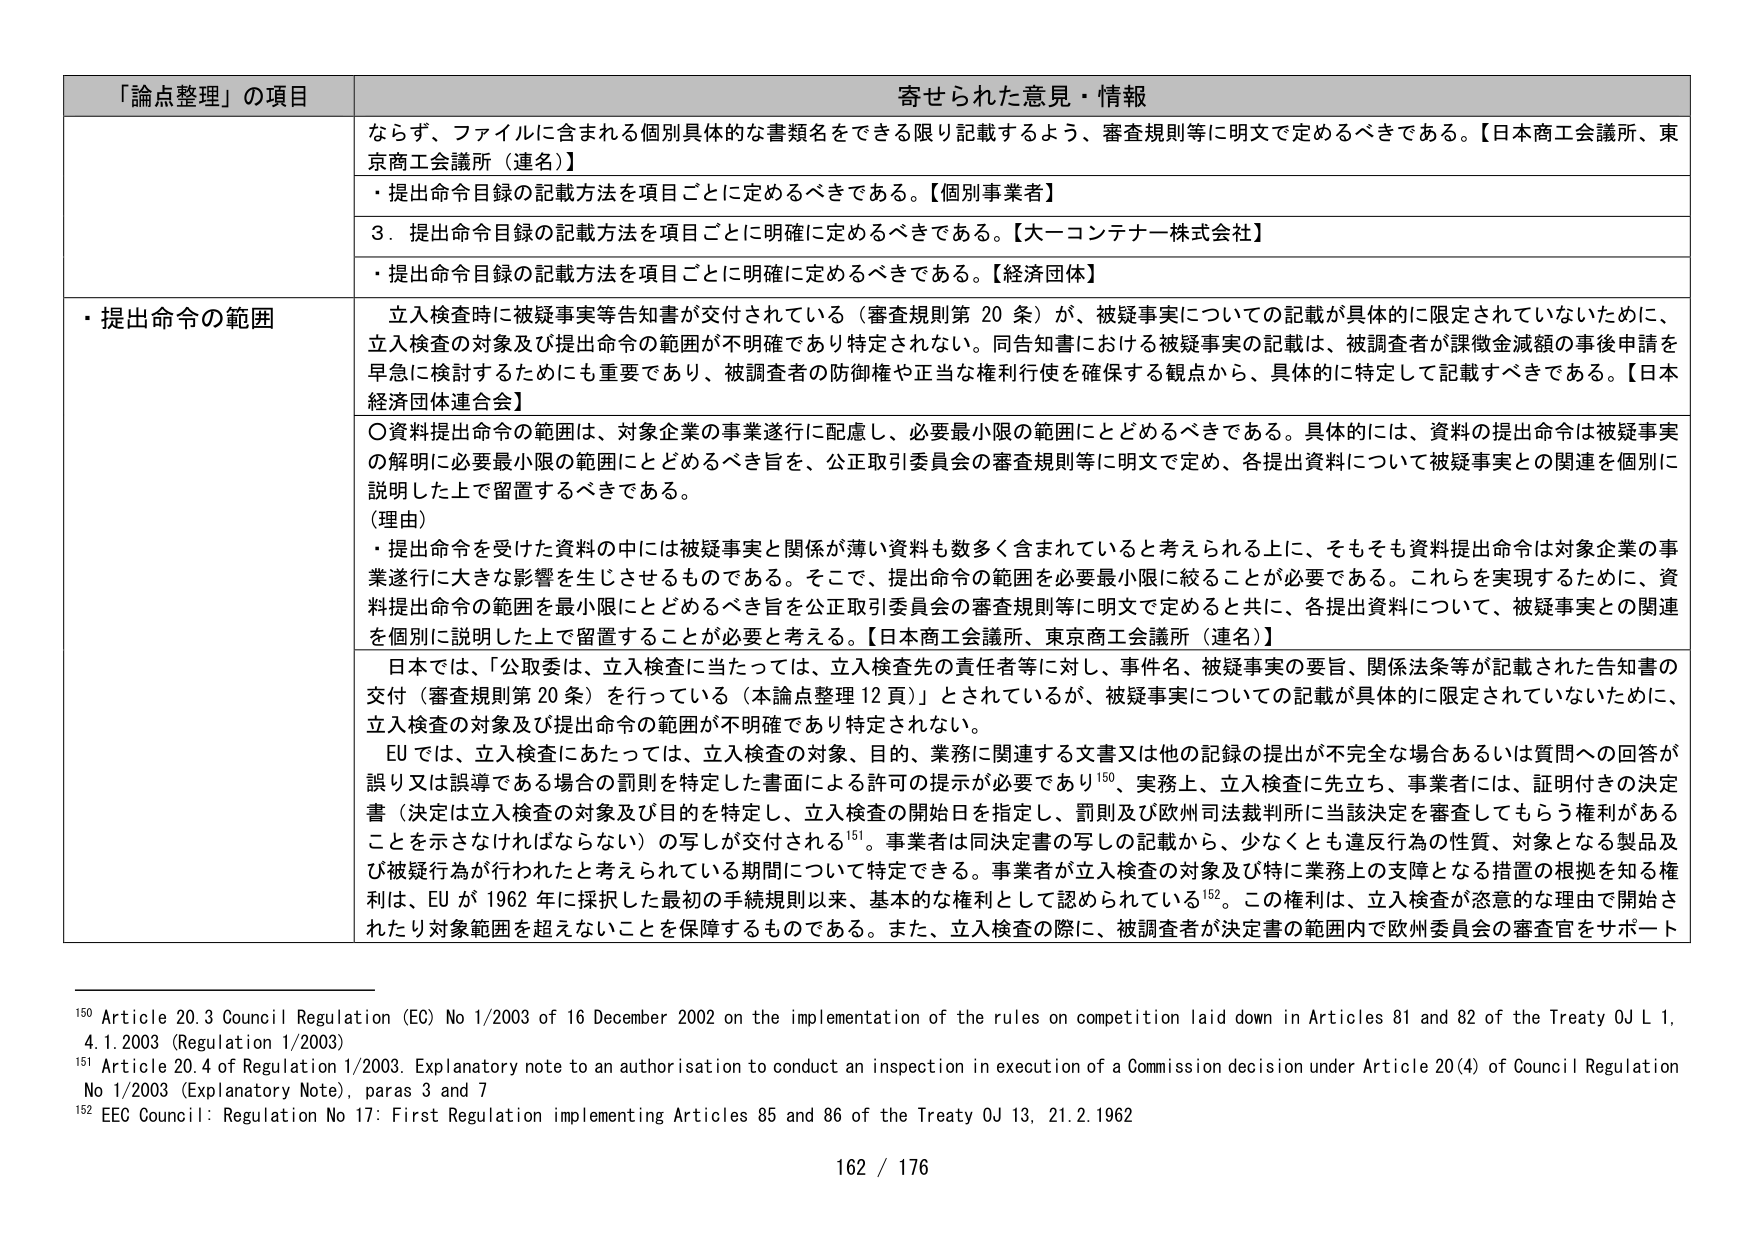
「論点整理」の項目 寄せられた意見・情報
ならず、ファイルに含まれる個別具体的な書類名をできる限り記載するよう、審査規則等に明文で定めるべきである。【日本商工会議所、東京商工会議所（連名）】
・提出命令目録の記載方法を項目ごとに定めるべきである。【個別事業者】
3．提出命令目録の記載方法を項目ごとに明確に定めるべきである。【大一コンテナーネ株式会社】
・提出命令目録の記載方法を項目ごとに明確に定めるべきである。【経済団体】
・提出命令の範囲 立入検査時に被疑事実等告知書が交付されている（審査規則第20条）が、被疑事実についての記載が具体的に限定されていないために、立入検査の対象及び提出命令の範囲が不明確であり特定されない。同告知書における被疑事実の記載は、被調査者が課徴金減額の事後申請を早急に検討するためにも重要であり、被調査者の防御権や正当な権利行使を確保する観点から、具体的に特定して記載すべきである。【日本経済団体連合会】
〇資料提出命令の範囲は、対象企業の事業遂行に配慮し、必要最小限の範囲にとどめるべきである。具体的には、資料の提出命令は被疑事実の解明に必要最小限の範囲にとどめるべき旨を、公正取引委員会の審査規則等に明文で定め、各提出資料について被疑事実との関連を個別に説明した上で留置するべきである。
（理由）
・提出命令を受けた資料の中には被疑事実と関係が薄い資料も数多く含まれていると考えられる上に、そもそも資料提出命令は対象企業の事業遂行に大きな影響を生じさせるものである。そこで、提出命令の範囲を必要最小限に絞ることが必要である。これらを実現するために、資料提出命令の範囲を最小限にとどめるべき旨を公正取引委員会の審査規則等に明文で定めると共に、各提出資料について、被疑事実との関連を個別に説明した上で留置することが必要と考える。【日本商工会議所、東京商工会議所（連名）】
日本では、「公取委は、立入検査に当たっては、立入検査先の責任者等に対し、事件名、被疑事実の要旨、関係法条等が記載された告知書の交付（審査規則第20条）を行っている（本論点整理12頁）」とされているが、被疑事実についての記載が具体的に限定されていないために、立入検査の対象及び提出命令の範囲が不明確であり特定されない。
EUでは、立入検査にあたっては、立入検査の対象、目的、業務に関連する文書又は他の記録の提出が不完全な場合あるいは質問への回答が誤り又は誤導である場合の罰則を特定した書面による許可の提示が必要であり150、実務上、立入検査に先立ち、事業者には、証明付きの決定書（決定は立入検査の対象及び目的を特定し、立入検査の開始日を指定し、罰則及び欧州司法裁判所に当該決定を審査してもらう権利があることを示さなければならない）の写しが交付される151。事業者は同決定書の写しの記載から、少なくとも違反行為の性質、対象となる製品及び被疑行為が行われたと考えられている期間について特定できる。事業者が立入検査の対象及び特に業務上の支障となる措置の根拠を知る権利は、EUが1962年に採択した最初の手続規則以来、基本的な権利として認められている152。この権利は、立入検査が恣意的な理由で開始されたり対象範囲を超えないことを保障するものである。また、立入検査の際に、被調査者が決定書の範囲内で欧州委員会の審査官をサポート
150 Article 20.3 Council Regulation (EC) No 1/2003 of 16 December 2002 on the implementation of the rules on competition laid down in Articles 81 and 82 of the Treaty OJ L 1, 4.1.2003 (Regulation 1/2003)
151 Article 20.4 of Regulation 1/2003. Explanatory note to an authorisation to conduct an inspection in execution of a Commission decision under Article 20(4) of Council Regulation No 1/2003 (Explanatory Note), paras 3 and 7
152 EEC Council: Regulation No 17: First Regulation implementing Articles 85 and 86 of the Treaty OJ 13, 21.2.1962
162 / 176